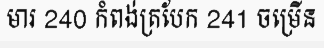
មារ 240 កំពង់ត្របែក 241 ចម្រើន